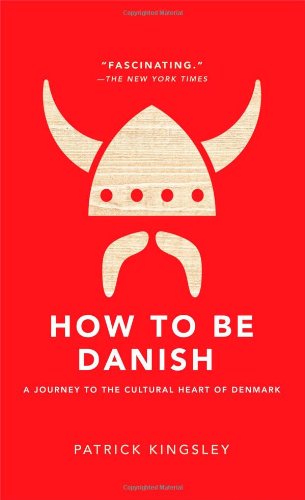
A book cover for How to Be Danish: A Journey to the Cultural Heart of Denmark; Patrick Kingsley; History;